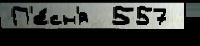
П'е́сн'я  557